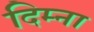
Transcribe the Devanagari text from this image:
दिम्ना